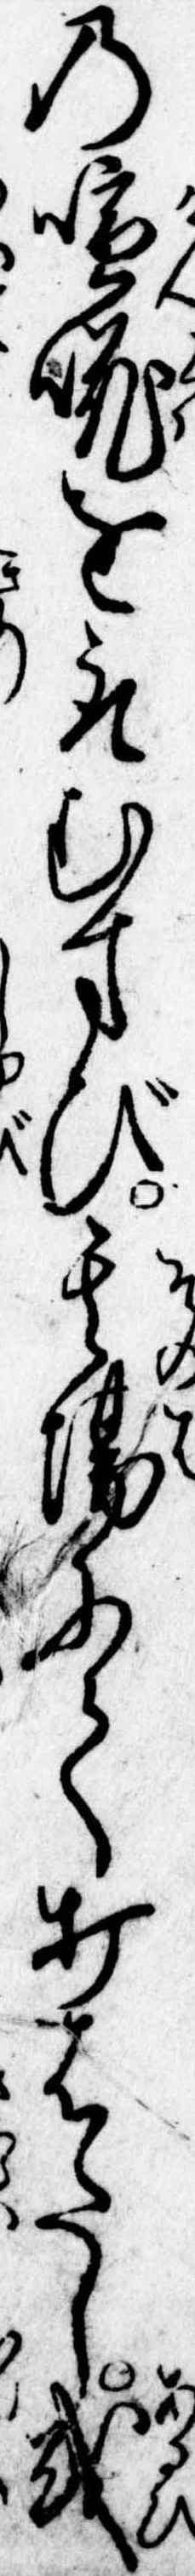
の喧𠵅を取むすび其場にて打はたし或